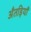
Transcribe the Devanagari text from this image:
अँतड़ियाँ